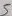
Text: 5